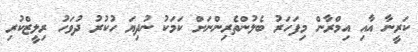
ކަރީނާ އާއި އިމްރާން މިފަހަރު ބެލުންތެރިންނަށްް ކަމަކު ނުދިޔަ ހުކުރު ދުވަހު ރިލީޒްކުރި